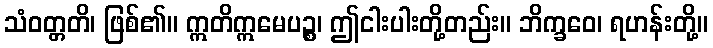
သံဝတ္တတိ၊ ဖြစ်၏။ ဣတိဣမေပဉ္စ၊ ဤငါးပါးတို့တည်း။ ဘိက္ခဝေ၊ ရဟန်းတို့။